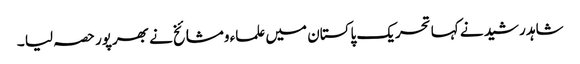
شاہد رشید نے کہا تحریک پاکستان میں علماء ومشائخ نے بھرپور حصہ لیا ۔